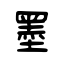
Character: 墨